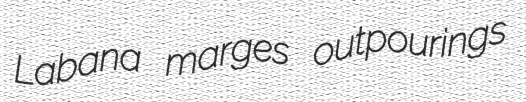
Labana marges outpourings